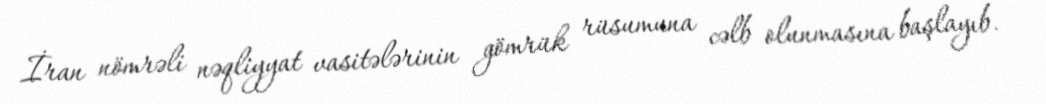
İran nömrəli nəqliyyat vasitələrinin gömrük rüsumuna cəlb olunmasına başlayıb.